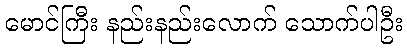
မောင်ကြီး နည်းနည်းလောက် သောက်ပါဦး